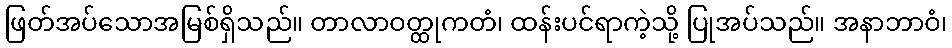
ဖြတ်အပ်သောအမြစ်ရှိသည်။ တာလာဝတ္ထုကတံ၊ ထန်းပင်ရာကဲ့သို့ ပြုအပ်သည်။ အနာဘာဝံ၊